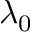
\lambda _ { 0 }